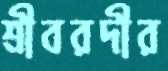
শ্রীবরদীর